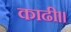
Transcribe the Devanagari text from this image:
काढी॥